Annual administration report of the Civil Veterinary Department of India - 1898-1899
Year: 1898
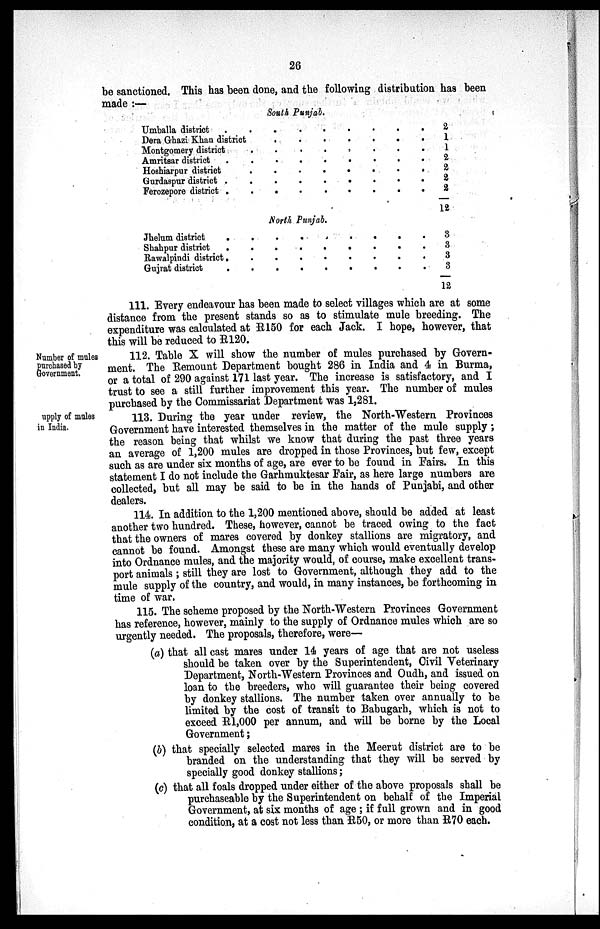
26
be sanctioned. This has been done, and the following distribution has been
made:—
South Punjab.
Umballa district . . . . . . . . .
Dera Ghazi Khan district . . . . . . . .
Montgomery district . . . . . . . .
Amritsar district . . . . . . . . .
Hoshiarpur district . . . . . . . .
Gurdaspur district . . . . . . . . .
Ferozepore district . . . . . . . . .
2
1
1
2
2
2
2
12
North Punjab.
Jhelum district . . . . . . . . .
Shahpur district . . . . . . . . .
Rawalpindi district . . . . . . . . .
Gujrat district . . . . . . . . .
3
3
3
3
12
111. Every endeavour has been made to select villages which are at some
distance from the present stands so as to stimulate mule breeding. The
expenditure was calculated at R150 for each Jack. I hope, however, that
this will be reduced to R120.
Number of mules
P urchased by
Government.
112. Table X will show the number of mules purchased by Govern-
ment. The Remount Department bought 286 in India and 4 in Burma,
or a total of 290 against 171 last year. The increase is satisfactory, and I
trust to see a still further improvement this year. The number of mules
purchased by the Commissariat Department was 1,281.
upply of mules
in India.
113. During the year under review, the North-Western Provinces
Government have interested themselves in the matter of the mule supply;
the reason being that whilst we know that during the past three years
an average of 1,200 mules are dropped in those Provinces, but few, except
such as are under six months of age, are ever to be found in Fairs. In this
statement I do not include the Garhmuktesar Fair, as here large numbers are
collected, but all may be said to be in the hands of Punjabi, and other
dealers.
114. In addition to the 1,200 mentioned above, should be added at least
another two hundred. These, however, cannot be traced owing to the fact
that the owners of mares covered by donkey stallions are migratory, and
cannot be found. Amongst these are many which would eventually develop
into Ordnance mules, and the majority would, of course, make excellent trans-
port animals; still they are lost to Government, although they add to the
mule supply of the country, and would, in many instances, be forthcoming in
time of war.
115. The scheme proposed by the North-Western Provinces Government
has reference, however, mainly to the supply of Ordnance mules which are so
urgently needed. The proposals, therefore, were—
(a) that all cast mares under 14 years of age that are not useless
should be taken over by the Superintendent, Civil Veterinary
Department, North-Western Provinces and Oudh, and issued on
loan to the breeders, who will guarantee their being covered
by donkey stallions. The number taken over annually to be
limited by the cost of transit to Babugarh, which is not to
exceed R1,000 per annum, and will be borne by the Local
Government;
(b) that specially selected mares in the Meerut district are to be
branded on the understanding that they will be served by
specially good donkey stallions;
(c) that all foals dropped under either of the above proposals shall be
purchaseable by the Superintendent on behalf of the Imperial
Government, at six months of age; if full grown and in good
condition, at a cost not less than R50, or more than R70 each.